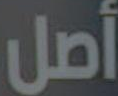
أصل